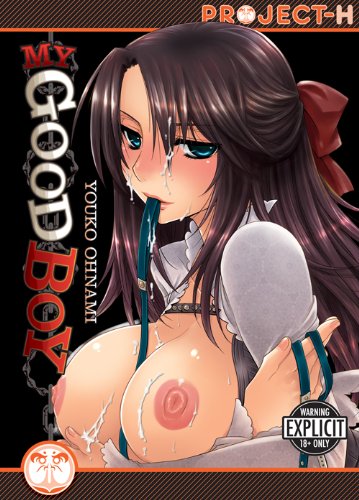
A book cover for My Good Boy (Hentai Manga); Youko Ohnami; Comics & Graphic Novels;